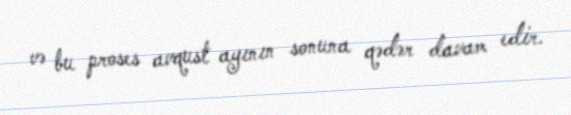
və bu proses avqust ayının sonuna qədər davam edir.